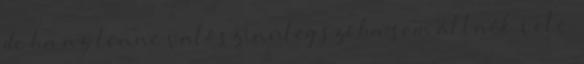
de ha az lenne valószínüleg szóba sem állnék vele.